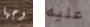
وجها عليه